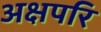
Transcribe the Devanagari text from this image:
अक्षपरि